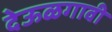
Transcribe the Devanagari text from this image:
देऊळगावी